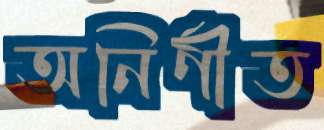
অনির্ণীত